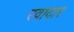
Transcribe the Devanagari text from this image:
रवादार